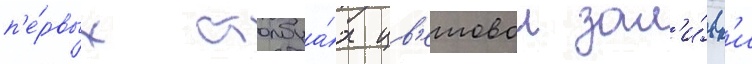
п'е́рвых столбца́х цв'етовои зал'и́вк'и